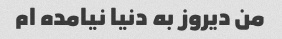
من دیروز به دنیا نیامده ام